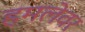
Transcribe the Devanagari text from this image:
हमलेवर